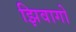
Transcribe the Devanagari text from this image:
झिवागो